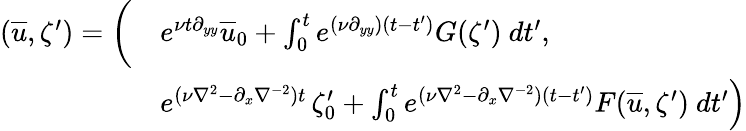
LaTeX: \begin{array}{rl}{(\overline{{u}},\zeta^{\prime})=\bigg(}&{e^{\nu t\partial_{yy}}\overline{{u}}_{0}+\int_{0}^{t}e^{(\nu\partial_{yy})(t-t^{\prime})}G(\zeta^{\prime})\ dt^{\prime},}\\ &{e^{(\nu\nabla^{2}-\partial_{x}\nabla^{-2})t}\left.\zeta_{0}^{\prime}+\int_{0}^{t}e^{(\nu\nabla^{2}-\partial_{x}\nabla^{-2})(t-t^{\prime})}F(\overline{{u}},\zeta^{\prime})\ dt^{\prime}\right)}\end{array}